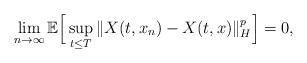
LaTeX: \begin{align*} \lim_{n\rightarrow\infty}\mathbb{E}\Big[ \sup_{t\leq T}\Vert X(t, x_n) - X(t, x) \Vert_H^p \Big] = 0 ,\end{align*}